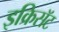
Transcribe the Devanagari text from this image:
इक्रिसॅट